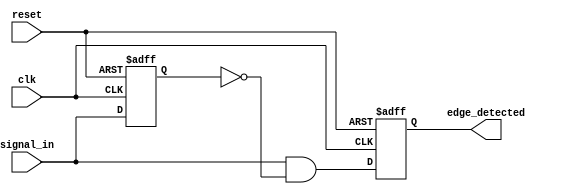
module rising_edge_detector (
    input wire clk,           // Clock signal
    input wire reset,         // Asynchronous reset signal
    input wire signal_in,     // Input signal to detect rising edge
    output reg edge_detected   // Output signal indicating rising edge
);

    reg signal_in_prev; // Register to hold the previous state of the input signal

    // Sequential logic for D Flip-Flop and edge detection
    always @(posedge clk or posedge reset) begin
        if (reset) begin
            signal_in_prev <= 1'b0; // Initialize previous state to 0 on reset
            edge_detected <= 1'b0;   // Reset edge detected signal
        end else begin
            edge_detected <= (signal_in && ~signal_in_prev); // Detect rising edge
            signal_in_prev <= signal_in; // Update previous state
        end
    end

endmodule